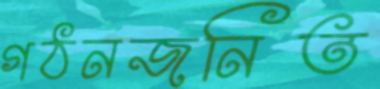
গঠনজনিত